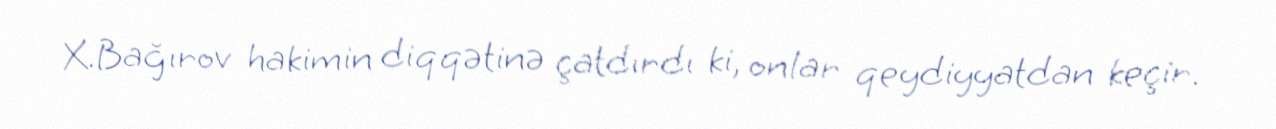
X.Bağırov hakimin diqqətinə çatdırdı ki, onlar qeydiyyatdan keçir.